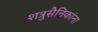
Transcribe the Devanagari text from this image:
शत्रुसैनिकांना